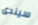
سيندى